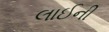
લાઈની